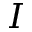
I